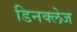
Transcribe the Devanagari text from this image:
डिनक्लेज